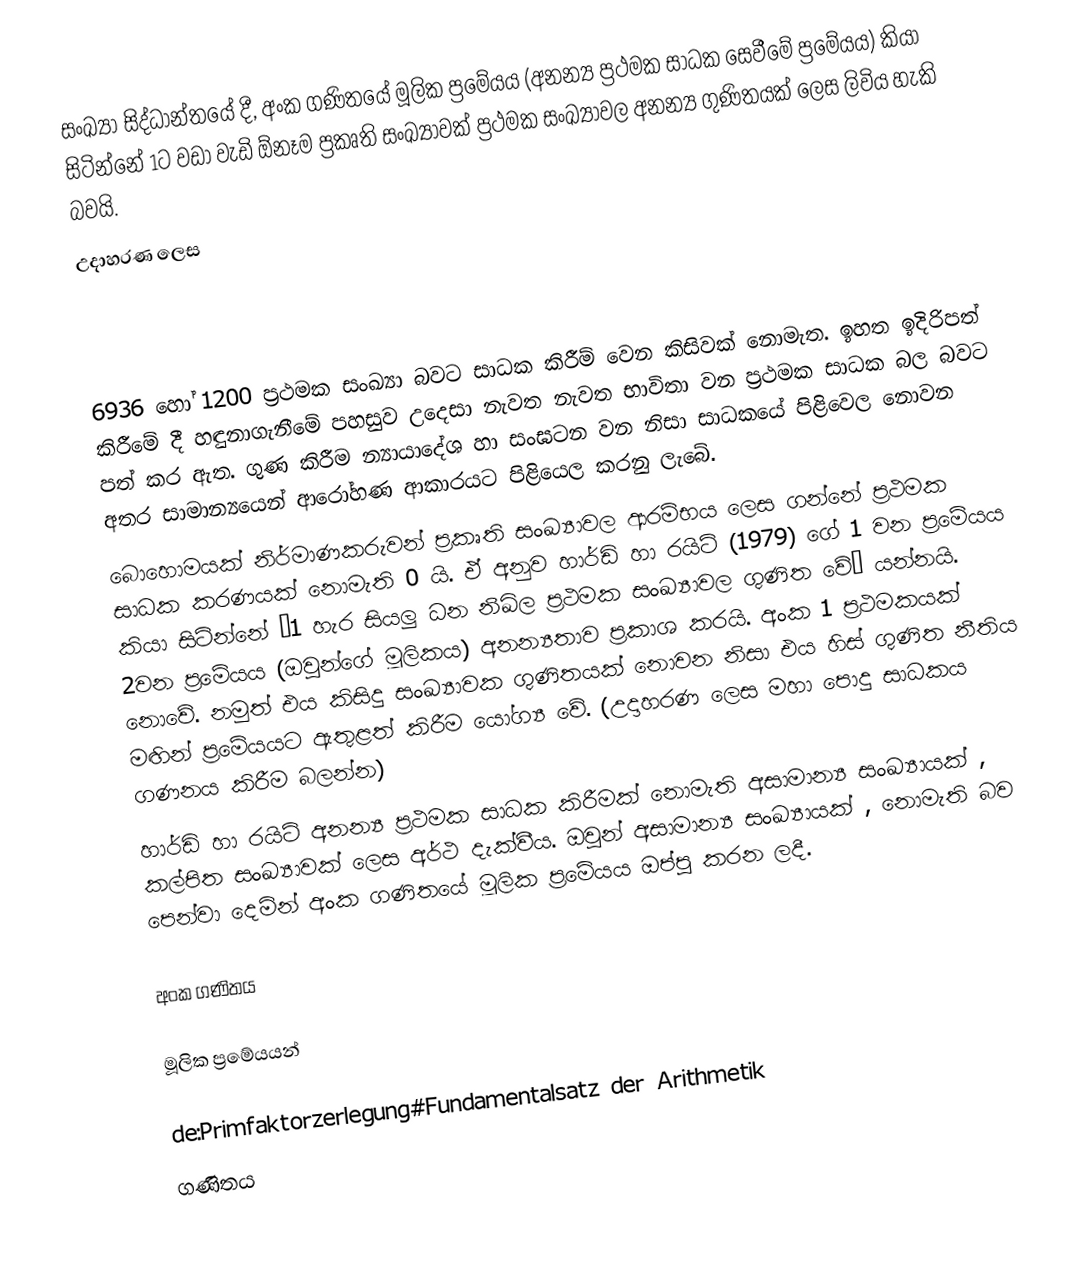
සංඛ්‍යා සිද්ධාන්තයේ දී, අංක ගණිතයේ මූලික ප්‍රමේයය (අනන්‍ය ප්‍රථමක සාධක සෙවීමේ ප්‍රමේයය) කියා සිටින්නේ 1ට වඩා වැඩි ඕනෑම ප්‍රකෘති සංඛ්‍යාවක් ප්‍රථමක සංඛ්‍යාවල අනන්‍ය ගුණිතයක් ලෙස ලිවිය හැකි බවයි.
උදාහරණ ලෙස

6936 හෝ 1200 ප්‍රථමක සංඛ්‍යා බවට සාධක කිරීම් වෙන කිසිවක් නොමැත. ඉහත ඉදිරිපත් කිරීමේ දී හඳුනාගැනීමේ පහසුව උදෙසා නැවත නැවත භාවිතා වන ප්‍රථමක සාධක බල බවට පත් කර ඇත. ගුණ කිරීම න්‍යායාදේශ හා සංඝටන වන නිසා සාධකයේ පිළිවෙල නොවන අතර සාමාන්‍යයෙන් ආරෝහණ ආකාරයට පිළියෙල කරනු ලැ‍බේ.
බොහොමයක් නිර්මාණකරුවන් ප්‍රකෘති සංඛ්‍යාවල ආරම්භය ලෙස ගන්නේ ප්‍රථමක සාධක කරණයක් නොමැති 0 යි. ඒ අනුව හාර්ඩි හා රයිට් (1979) ගේ 1 වන ප්‍ර‍මේයය කියා සිටින්නේ “1 හැර සියලු ධන නිඛිල ප්‍රථමක සංඛ්‍යාවල ගුණිත වේ” යන්නයි. 2වන ප්‍රමේයය (ඔවුන්ගේ මූලිකය) අනන්‍යතාව ප්‍රකාශ කරයි. අංක 1 ප්‍රථමකයක් නොවේ. නමුත් එය කිසිදු සංඛ්‍යාවක ගුණිතයක් නොවන නිසා එය හිස් ගුණිත නීතිය මඟින් ප්‍රමේයයට ඇතුළත් කිරීම යෝග්‍ය වේ. (උදාහරණ ලෙස මහා පොදු සාධකය  ගණනය කිරීම බලන්න)
හාර්ඩි හා රයිට් අනන්‍ය ප්‍රථමක සාධක කිරීමක් නොමැති අසාමාන්‍ය සංඛ්‍යායක් , කල්පිත සංඛ්‍යාවක්  ලෙස අර්ථ දැක්වීය. ඔවුන් අසාමාන්‍ය සංඛ්‍යායක් , නොමැති බව පෙන්වා දෙමින් අංක ගණිතයේ මූලික ප්‍රමේයය ඔප්පු කරන ලදී.

අංක ගණිතය

මූලික ප්‍රමේයයන්

de:Primfaktorzerlegung#Fundamentalsatz der Arithmetik
ගණිතය